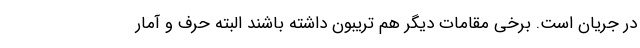
در جریان است. برخی مقامات دیگر هم تریبون داشته باشند البته حرف و آمار